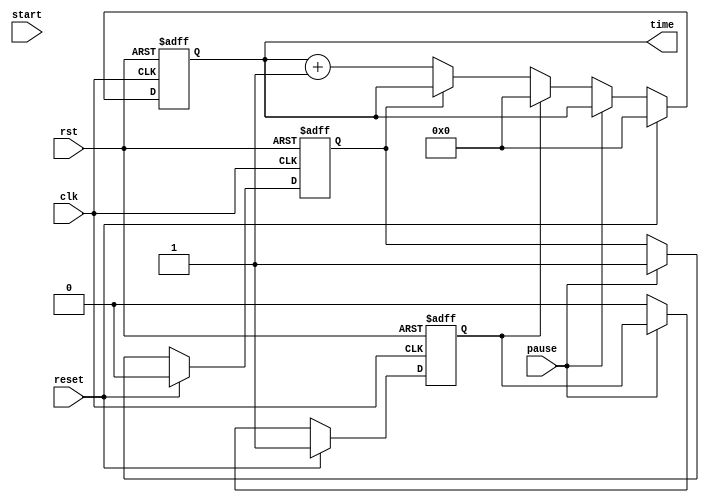
module RealTimeClock (
  input rst,
  input clk,
  input start,
  input pause,
  input reset,
  output reg [31:0] time
);

reg [31:0] current_time;
reg pause_flag;
reg reset_flag;

always @ (posedge clk or posedge rst) begin
  if (rst) begin
    current_time <= 0;
    pause_flag <= 0;
    reset_flag <= 0;
  end else begin
    if (reset) begin
      current_time <= 0;
      pause_flag <= 0;
      reset_flag <= 1;
    end else if (pause) begin
      pause_flag <= 1;
    end else if (reset_flag) begin
      current_time <= 0;
      reset_flag <= 0;
    end else if (!pause_flag) begin
      current_time <= current_time + 1;
    end
  end
end

assign time = current_time;

endmodule